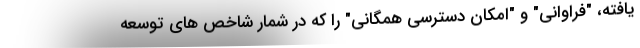
یافته، "فراوانی" و "امکان دسترسی همگانی" را که در شمار شاخص های توسعه